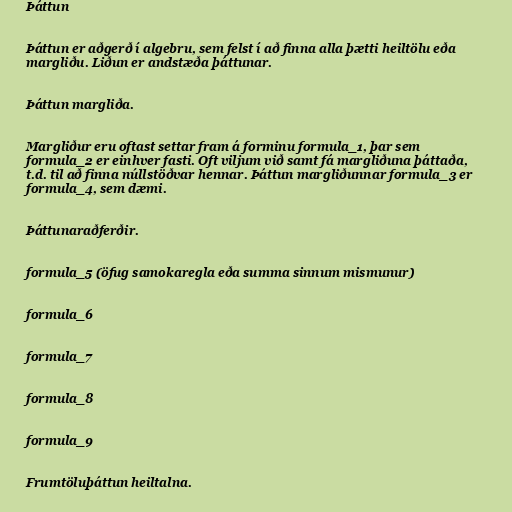
Þáttun

Þáttun er aðgerð í algebru, sem felst í að finna alla þætti heiltölu eða
margliðu. Liðun er andstæða þáttunar.

Þáttun margliða.

Margliður eru oftast settar fram á forminu formula_1, þar sem
formula_2 er einhver fasti. Oft viljum við samt fá margliðuna þáttaða,
t.d. til að finna núllstöðvar hennar. Þáttun margliðunnar formula_3 er
formula_4, sem dæmi.

Þáttunaraðferðir.

formula_5 (öfug samokaregla eða summa sinnum mismunur)

formula_6

formula_7

formula_8

formula_9

Frumtöluþáttun heiltalna.